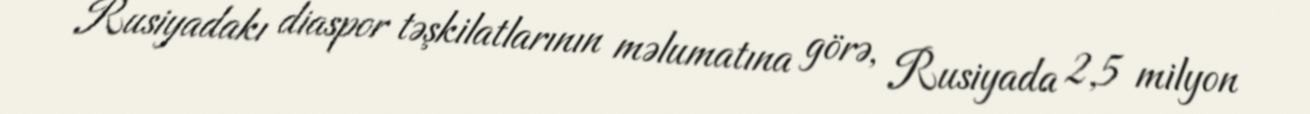
Rusiyadakı diaspor təşkilatlarının məlumatına görə, Rusiyada 2,5 milyon